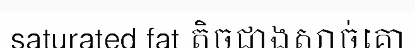
saturated fat តិចជាងសាច់គោ